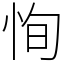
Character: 恂